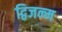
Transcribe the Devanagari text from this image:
द्विजन्‍म